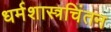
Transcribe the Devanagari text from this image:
धर्मशास्त्रचिंतन